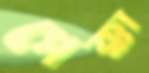
পেক্কা